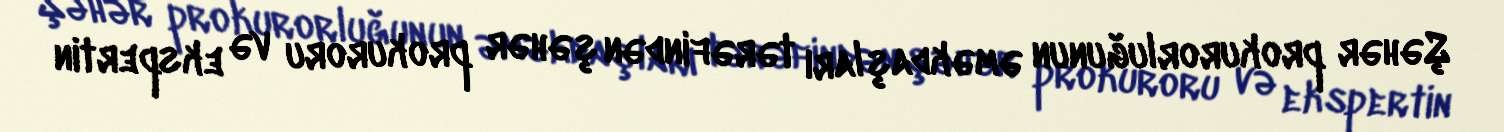
Şəhər prokurorluğunun əməkdaşları tərəfindən şəhər prokuroru və ekspertin